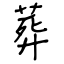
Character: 葬